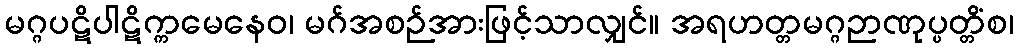
မဂ္ဂပဋိပါဋိက္ကမေနေဝ၊ မဂ်အစဉ်အားဖြင့်သာလျှင်။ အရဟတ္တမဂ္ဂဉာဏုပ္ပတ္တိံစ၊